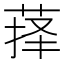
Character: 萚